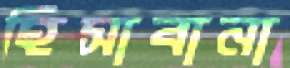
হিসাবানা